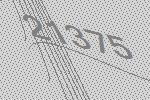
21375